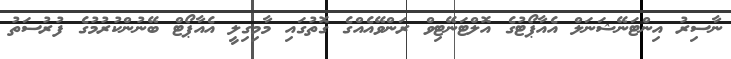
ނާސިރު އިންޓަނޭޝަނަލް އެއާޕޯޓުގެ އޮލްޓަނޭޓިވް ރަންވޭއެއްގެ ގޮތުގައި މާމިގިލީ އެއާޕޯޓް ބޭނުންކުރުމުގެ ފުރުސަތު